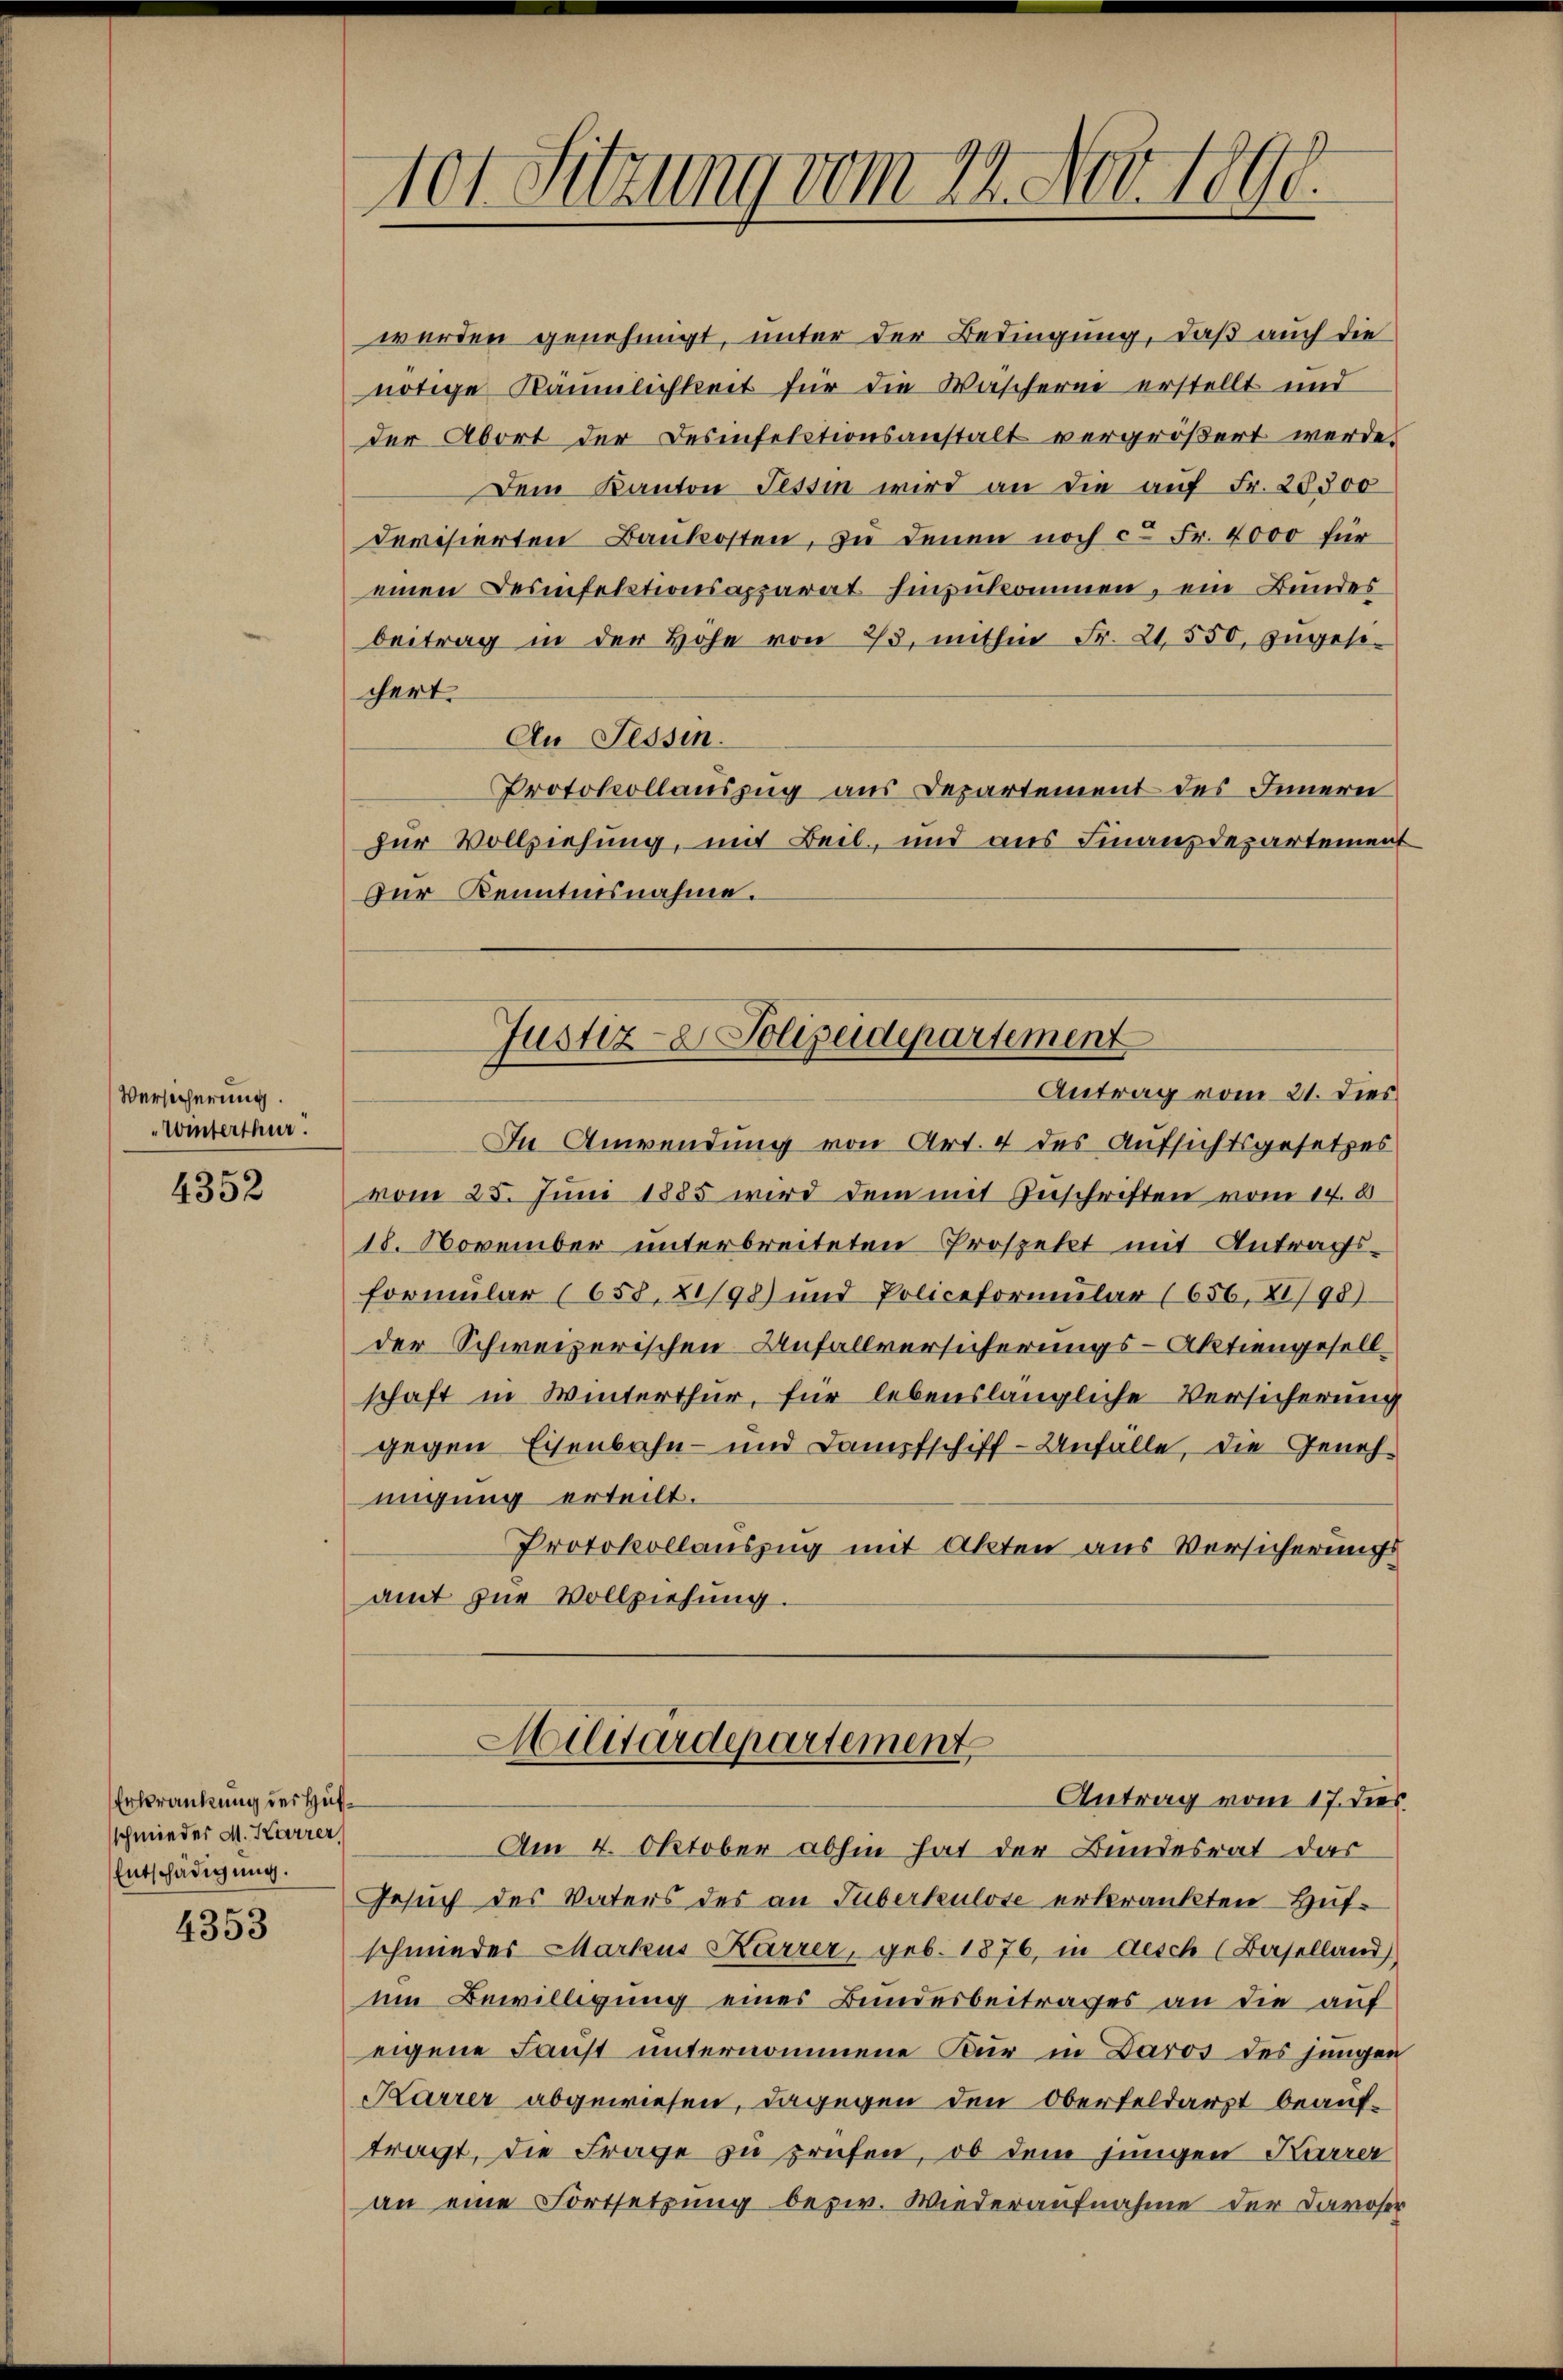
Versicherung.
Winterthur.

4352

Erkrankung des Hufschmieder M. Karrer,
Entschädigung.

4353

101 Sitzung vom 12. Nov. 1890.

werden genehmigt, unter der Bedingung, daß auch die
nötige Räumlichkeit für die Wäscherne erstellt und
der Abort der Desinfelstionsanstalt vergrößert werde.
Dem Kanton Tessin wird an die aŭf Fr. 20300
Devisierten Baukosten, zu denen noch ca Fr. 4000 für
einen Desinfelstionsapparat hinzukommen, ein Bundes
beitrag in der Hohe von 73, mithin Fr. 21550, zugesichert.
An Tessin.
Protokollauszug aus Departement des Innern
zur Vollziehung, mit Beil, und aus Finanzdepartement
zur Kenntnisnahme.
Justiz- & Polizeidepartement
Antrag vom 21. Dies
In Anwendung von Art. 4 des Aufsichtsgesetzes
vom 25. Juni 1885 wird dem mit Zuschriften vom 14. 8.
18. November unterbreiteten Prospekt mit Antrags-
formular (658, 21/98) und Policeformŭlar (656, 81/98)
der Schweizerischen Anfallversicherungs-Aktiengesellschaft in Winterthur, für lebenslängliche Versicherung
gegen Eisenbahn- und Dampfschiff-Unfälle, die Genehmigung erteilt.
Protokollauszug mit Akten aus Versicherungs
amt zur Vollziehung.

Militärdepartement
Antrag vom 17. dies

Am 4. Oktober abhin hat der Bundesrat dar
Gesuch des Vaters des an Tuberkulose erkränkten Hufschmieder Markus Karrer, geb. 1876, in desch (Baselland
um Bewilligung eines Bundesbeitrages an die auf
eigene Faust unternommene Kur in Daros des jungen
Karrer abgewiesen, dagegen den Oberfeldarzt beauftragt, die Frage zu prüfen, ob dem jungen Karrer
an eine Fortsetzung bezw. Wiederaufnahme der Davoser